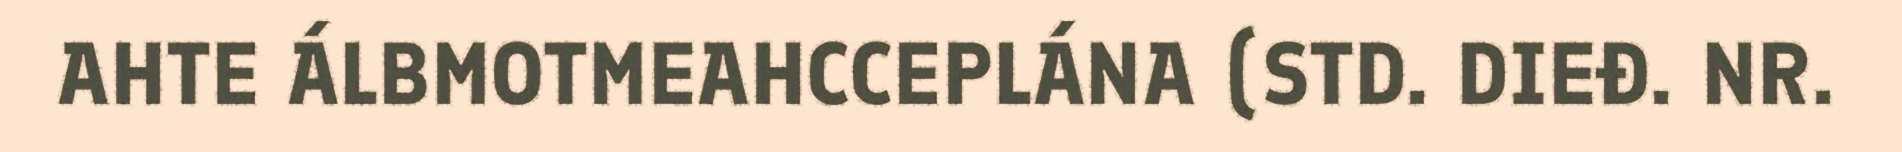
AHTE ÁLBMOTMEAHCCEPLÁNA (STD. DIEĐ. NR.